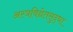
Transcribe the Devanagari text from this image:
अस्त्रविद्येतसुद्धा